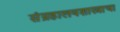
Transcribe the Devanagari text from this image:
संग्रहालयशास्त्राचा